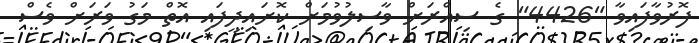
ފޮރުވާފައިވާ "4426" ގެ ސިއްރަށް ވާސިލުވުމަށް ކޮށައިދީފައި އޮތް މަގު ވަރަށް ވެސް